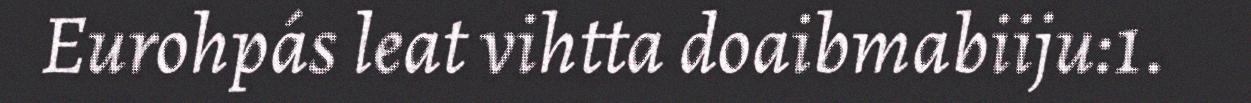
Eurohpás leat vihtta doaibmabiiju:1.